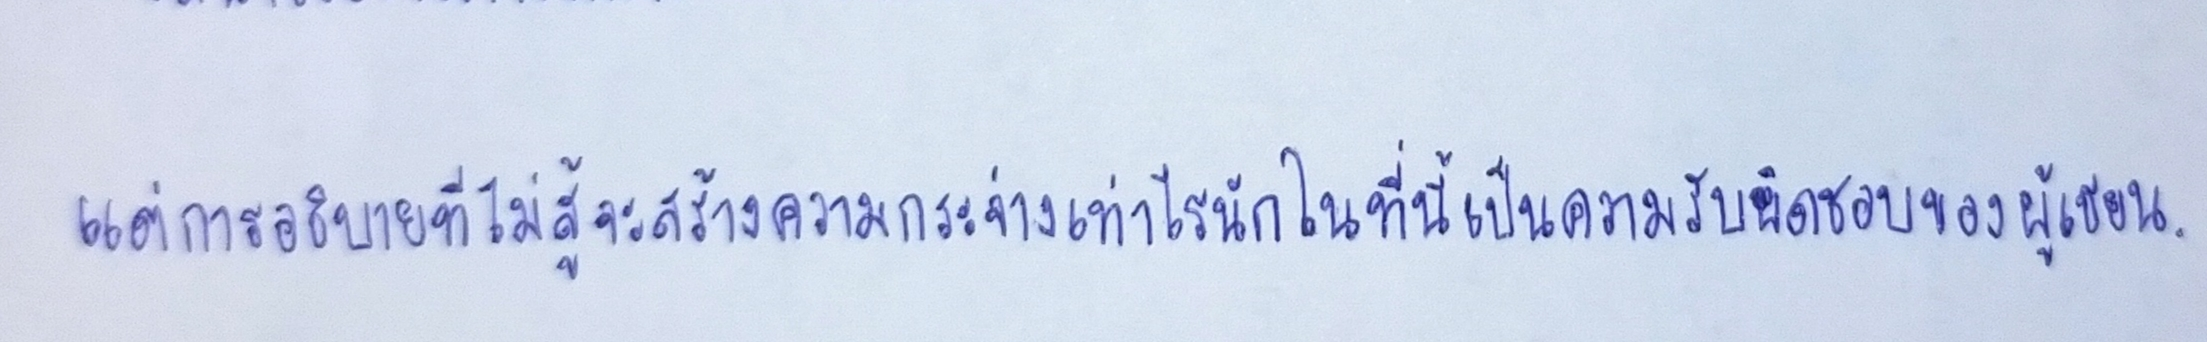
แต่การอธิบายที่ไม่สู้จะสร้างความกระจ่างเท่าไรนักในที่นี้เป็นความรับผิดชอบของผู้เขียน.